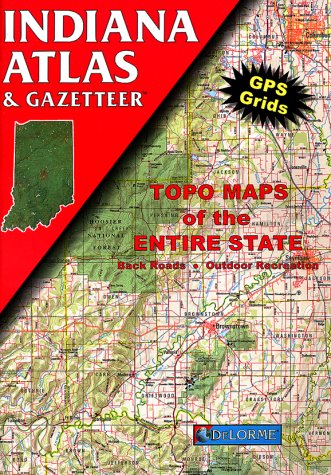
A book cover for Indiana Atlas & Gazetteer; Delorme Publishing Company; Travel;